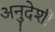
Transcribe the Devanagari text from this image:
अनुदेशी